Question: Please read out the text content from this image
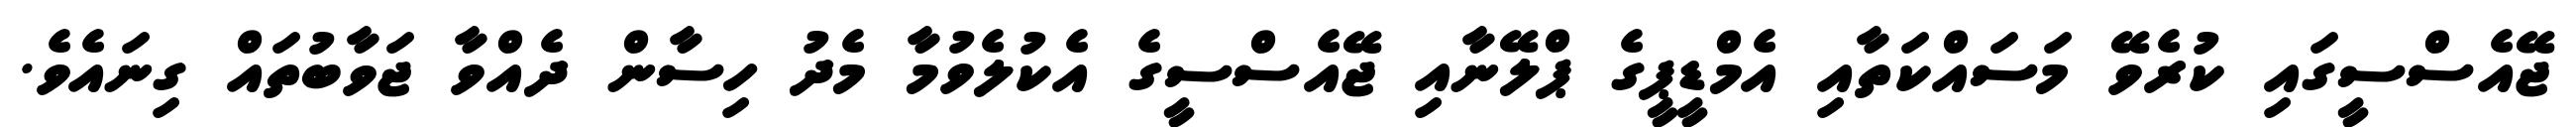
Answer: ޖޭއެސްސީގައި ކުރެވޭ މަސައްކަތާއި އެމްޑީޕީގެ ޕްލޭނާއި ޖޭއެސްސީގެ އެކުލެވުމާ މެދު ހިސާން ދެއްވާ ޖަވާބުތައް ގިނައެވެ.